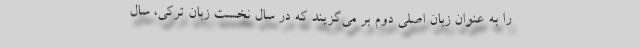
را به عنوان زبان اصلی دوم بر می‌گزیند که در سال نخست زبان ترکی، سال